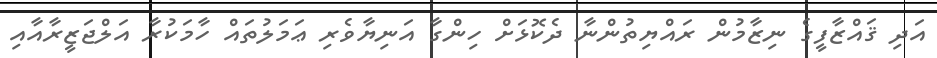
އަދި ޤައްޒާފީގެ ނިޒާމުން ރައްޔިތުންނާ ދެކޮޅަށް ހިންގާ އަނިޔާވެރި ޢަމަލުތައް ހާމަކުރާ އަލްޖަޒީރާއާއި